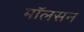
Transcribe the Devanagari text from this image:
मॉलसन